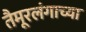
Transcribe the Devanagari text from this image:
तैमूरलंगाच्या